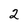
Character: 2